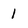
Character: 1